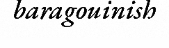
baragouinish